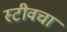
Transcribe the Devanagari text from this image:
स्टीवचा